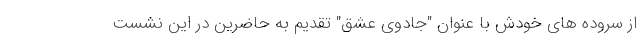
از سروده های خودش با عنوان "جادوی عشق" تقدیم به حاضرین در این نشست